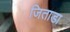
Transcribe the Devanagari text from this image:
जिताडा